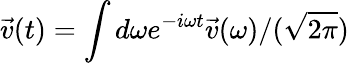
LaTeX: \vec{v}(t)=\int d\omega e^{-i\omega t}\vec{v}(\omega)/(\sqrt{2\pi})